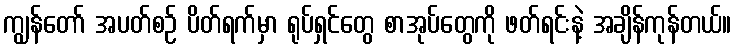
ကျွန်တော် အပတ်စဉ် ပိတ်ရက်မှာ ရုပ်ရှင်တွေ စာအုပ်တွေကို ဖတ်ရင်းနဲ့ အချိန်ကုန်တယ်။